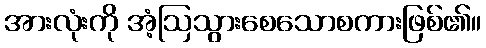
အားလုံးကို အံ့ဩသွားစေသောစကားဖြစ်၏။